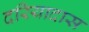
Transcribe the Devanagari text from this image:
दरियादास